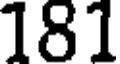
181